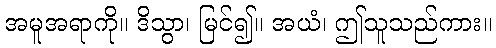
အမူအရာကို။ ဒိသွာ၊ မြင်၍။ အယံ၊ ဤသူသည်ကား။